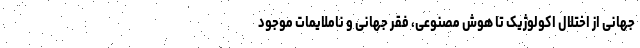
جهانی از اختلال اکولوژیک تا هوش مصنوعی، فقر جهانی و ناملایمات موجود